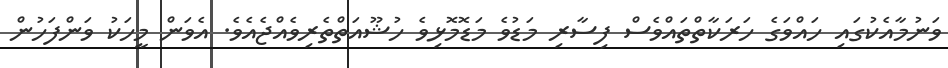
ވަނުމާއެކުގައި ހައްވަގެ ހަރަކާތްތައްވެސް ފިސާރި މަޑުވެ މަޑޮމޮޅިވެ ހުޝޫއަތްތެރިވެއްޖެއެވެ. އެވަން މީހަކު ވަންފަހުން